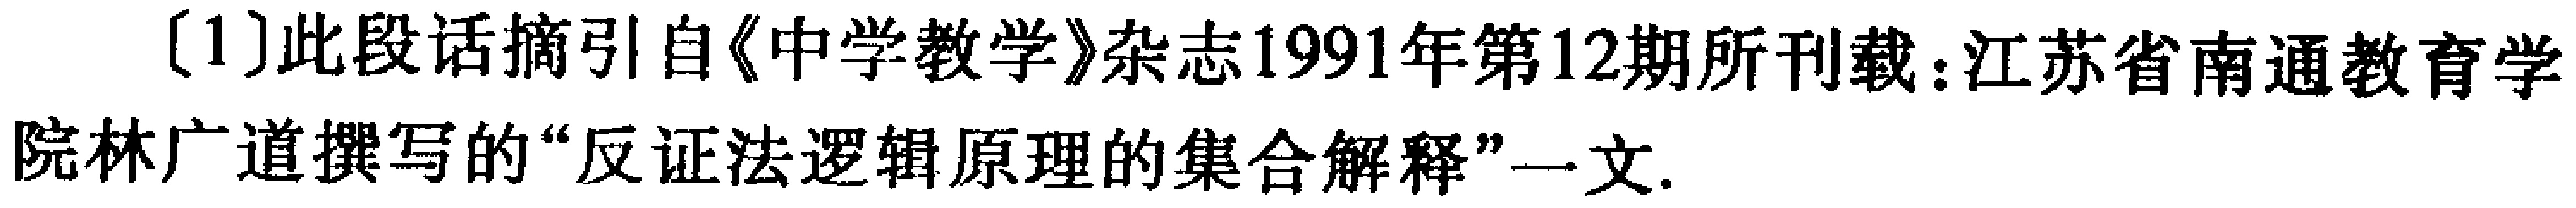
[1]此段话摘引自《中学教学》杂志1991年第12期所刊载：江苏省南通教育学院林广道撰写的“反证法逻辑原理的集合解释”一文.